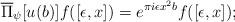
LaTeX: \begin{align*} \overline{\Pi}_{\psi} [ u(b)]f([\epsilon, x])=e^{\pi i \epsilon x^2 b} f([\epsilon,x]);\end{align*}